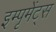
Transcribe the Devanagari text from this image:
इम्पृमेंट्स